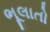
ભૂલાતો